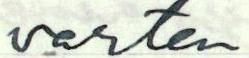
varten